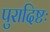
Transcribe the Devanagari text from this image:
पुरादिष्टः